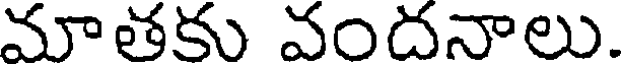
మాతకు వందనాలు.